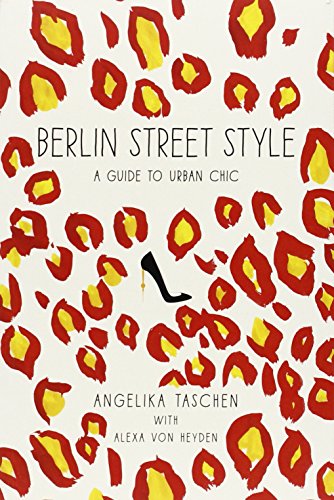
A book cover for Berlin Street Style: A Guide to Urban Chic; Angelika Taschen; Travel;